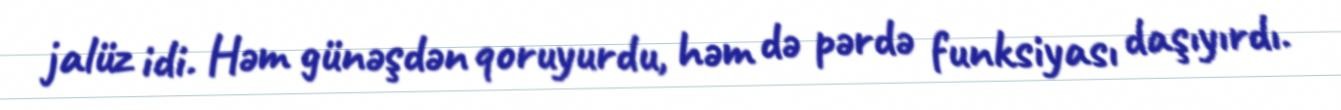
jalüz idi. Həm günəşdən qoruyurdu, həm də pərdə funksiyası daşıyırdı.